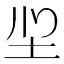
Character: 𭍻